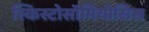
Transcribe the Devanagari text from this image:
स्किस्टोसॉमियोसिस